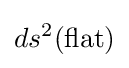
ds^{2}({\text{flat}})